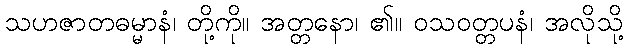
သဟဇာတဓမ္မာနံ၊ တို့ကို။ အတ္တနော၊ ၏။ ဝသဝတ္တပနံ၊ အလိုသို့